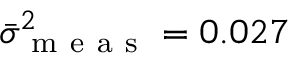
\Bar { \sigma } _ { \mathrm { ~ m ~ e ~ a ~ s ~ } } ^ { 2 } = 0 . 0 2 7